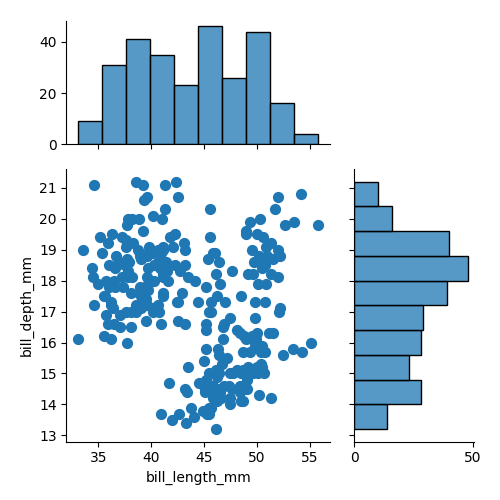
python, seaborn, jointplot, kind='scatter', height='5', ratio='2', marginal_ticks='True'